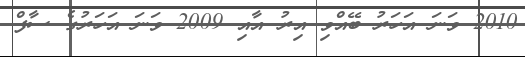
2010 ވަނަ އަހަރު ބޭއްވި އިރު އާއި 2009 ވަނަ އަހަރުގެ ސާފް